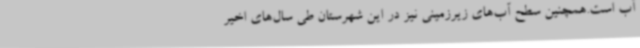
آب است.همچنین سطح آب‌های زیرزمینی نیز در این شهرستان طی سال‌های اخیر